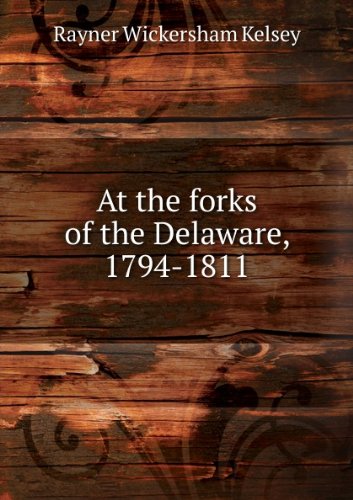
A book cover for at the forks of the delaware, 1794-1811: chronicles of early travel to easton and neighboring parts of pennsylvania and new jersey, including extracts from a hitherto untranslated and unpublished manuscript; Rayner Wickersham Kelsey; Travel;